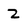
Character: 2